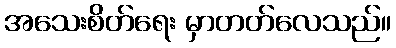
အသေးစိတ်ရေး မှာတတ်လေသည်။